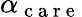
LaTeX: \alpha_{\mathrm{~c~a~r~e~}}